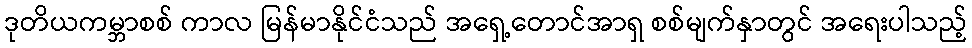
ဒုတိယကမ္ဘာစစ် ကာလ မြန်မာနိုင်ငံသည် အရှေ့တောင်အာရှ စစ်မျက်နှာတွင် အရေးပါသည့်